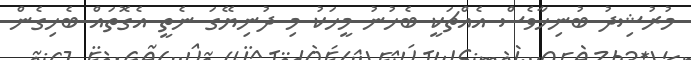
މުރުޝިދު ބުނިހާވެސް އެއްޗަކީ ބެހުނު މީހަކު މި ދުނިޔޭގަ ނެތީ އެގޮތައް ބެހިގެން